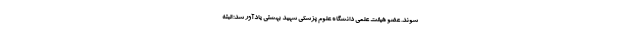
شوند. عضو هیئت علمی دانشگاه علوم پزشکی شهید بهشتی یادآور شد: البته